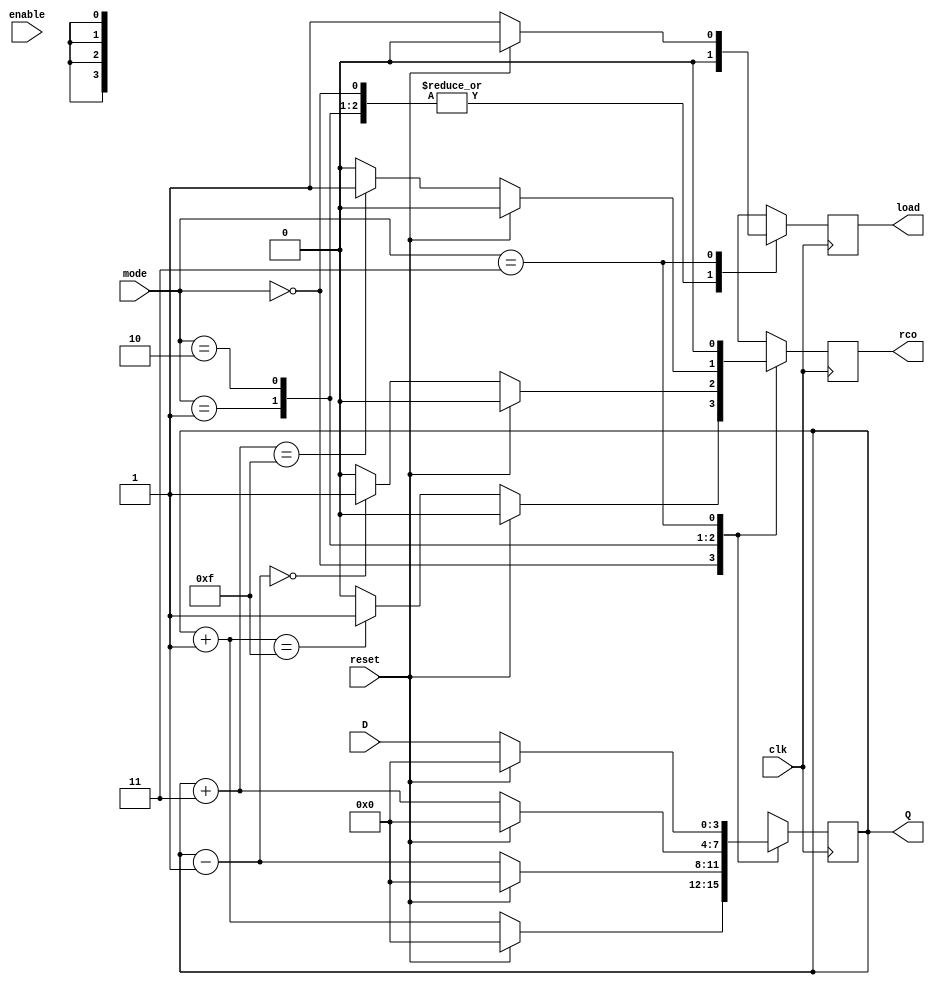
module contador(
	input enable, 
	input clk, 
	input reset, 
	input [1:0] mode,
	input [3:0] D,
	output reg load,
	output reg rco,
 	output reg [3:0] Q
);
initial Q = 0;
always @ (posedge clk) begin
	case(mode)
      		2'b00    : begin
				if(reset == 1) begin
					load = 0;
					rco  = 0;
					Q    = 0;
				end else begin 
					Q = Q + 1'b1;
					load = 0;
					if (Q == 4'b1111)
						rco = 1;
					else 
						rco = 0;
				end 
			end
		
      		2'b01    : begin 

				if(reset == 1) begin
					load = 0;
					rco  = 0;
					Q    = 0;
				end else begin 
					Q = Q - 1'b1;
					load = 0;
					if (Q == 0)
						rco = 1;
					else 
						rco = 0;
				end 
			end
			2'b10 	: begin
				if(reset == 1) begin
					load = 0;
					rco  = 0;
					Q    = 0;
				end else begin 
					Q = Q + 2'b11;
					load = 0;
					if (Q == 4'b1111)
						rco = 1;
					else 
						rco = 0;
				end 
			end
			2'b11 	: begin
				if(reset == 1) begin
					load = 0;
					rco  = 0;
					Q    = 0;
				end else begin 
					Q = D;
					load = 1;
					rco = 0;
				end 
			end

    	endcase
end
endmodule